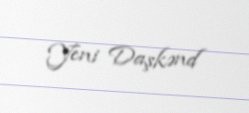
Yeni Daşkənd